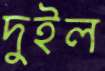
দুইল